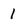
Character: 1